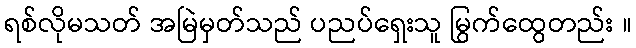
ရစ်လိုမသတ် အမြဲမှတ်သည် ပညပ်ရှေးသူ မြွက်ထွေတည်း ။